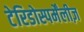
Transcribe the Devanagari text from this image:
टेरिडोस्पर्मेंलीज़